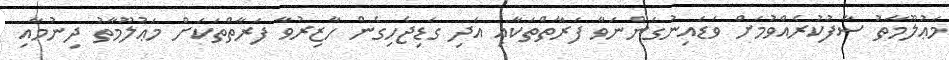
މަޢުލޫމާތު ސާފުކުރެއްވުމަށް ވަޑައިނުގަންނަވާ ފަރާތްތަކާއި އަދި ގަޑިޖެހިގެން ހާޒިރުވާ ފަރާތްތަކަށް މަޢުލޫމާތު ދިނުމާއި